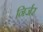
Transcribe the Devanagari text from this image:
निर्जर